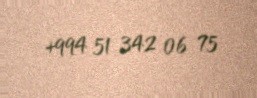
+994 51 342 06 75